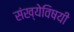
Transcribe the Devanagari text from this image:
संख्येविषयी